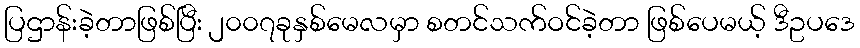
ပြဌာန်းခဲ့တာဖြစ်ပြီး ၂၀၀၇ခုနှစ်မေလမှာ စတင်သက်ဝင်ခဲ့တာ ဖြစ်ပေမယ့် ဒီဥပဒေ